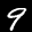
Label: 9